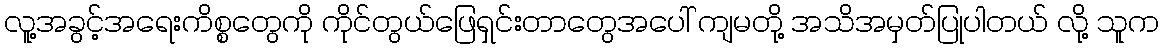
လူ့အခွင့်အရေးကိစ္စတွေကို ကိုင်တွယ်ဖြေရှင်းတာတွေအပေါ် ကျမတို့ အသိအမှတ်ပြုပါတယ် လို့ သူက